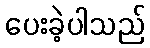
ပေးခဲ့ပါသည်